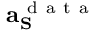
\mathbf { a } _ { \mathbf { S } } ^ { \mathrm { ~ d ~ a ~ t ~ a ~ } }